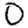
Digit: 0